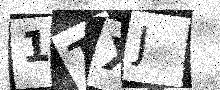
Text: 1TXJ